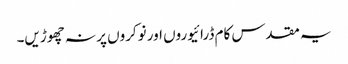
یہ مقدس کام ڈرائیوروں اور نوکروں پر نہ چھوڑیں۔